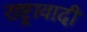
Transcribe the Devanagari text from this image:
राष्ट्रावादी